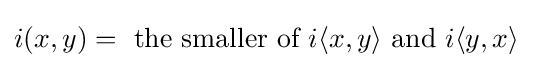
i(x,y)={\text{ the smaller of }}i\langle x,y\rangle {\text{ and }}i\langle y,x\rangle